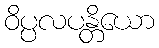
ဝိပ္ပလပန္တိယော